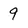
Character: 9